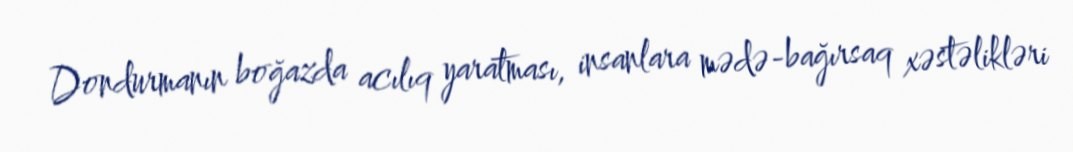
Dondurmanın boğazda acılıq yaratması, insanlara mədə-bağırsaq xəstəlikləri